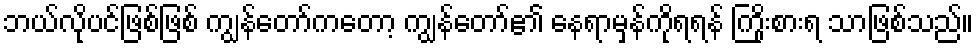
ဘယ်လိုပင်ဖြစ်ဖြစ် ကျွန်တော်ကတော့ ကျွန်တော်၏ နေရာမှန်ကိုရရန် ကြိုးစားရ သာဖြစ်သည်။